Leaving Certificate Examination (including Day School Certificate (Higher) General paper), 1934
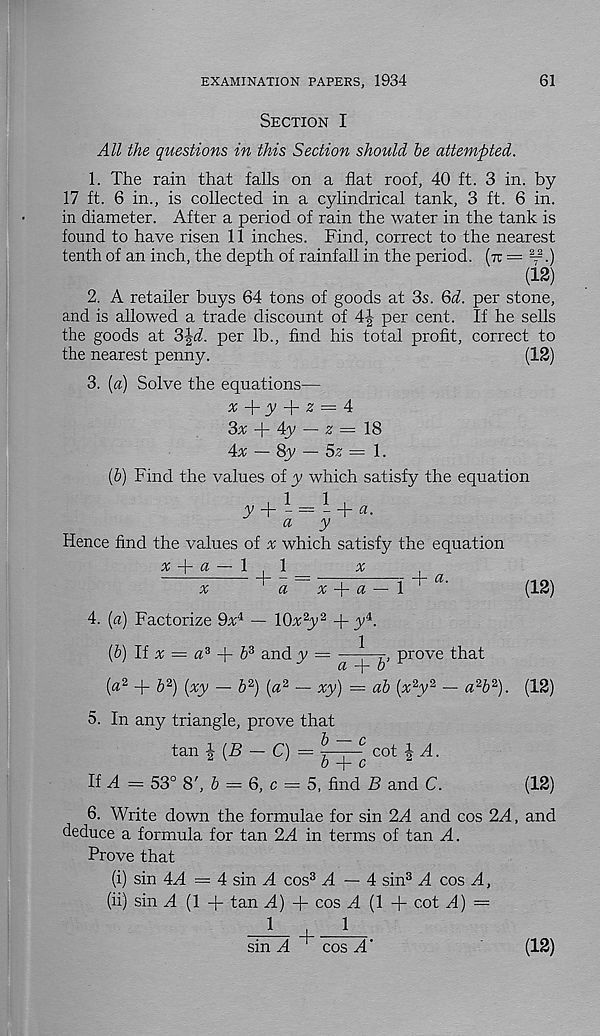
EXAMINATION PAPERS, 1934
61
Section I
All the questions in this Section should he attempted.
1. The rain that falls on a flat roof, 40 ft. 3 in. by
17 ft. 6 in., is collected in a cylindrical tank, 3 ft. 6 in.
in diameter. After a period of rain the water in the tank is
found to have risen 11 inches. Find, correct to the nearest
tenth of an inch, the depth of rainfall in the period, (it = ™.)
(12)
2. A retailer buys 64 tons of goods at 3s. Qd. per stone,
and is allowed a trade discount of 4|- per cent. If he sells
the goods at 3|i. per lb., find his total profit, correct to
the nearest penny.
(12)
3. [a) Solve the equations—
# + y + z = 4
3# -f- 4y — z = 18
4x — 8y — 5z = 1.
(6) Find the values of y which satisfy the equation
y + l~ = 1 - + <*■
a
y
Hence find the values of x which satisfy the equation
% + a — 1 , 1
a;
h - — —i
t d - a.
x
a
x A- a — 1
(12)
4. (a) Factorize 9a4 — lCbc 2 y 2 + y i .
(h) If x = a 3 -j- h 3 and y = —r, prove that
CZ "-p 0
[a 2 -j- h 2 ) (xy — 6 2 ) (a 2 — xy) — ah (x 2 y 2 — a 2 b 2 ). (12)
5. In any triangle, prove that
tan \ (B — C) =
cot | A.
If A = 53° 8', & — 6, c = 5, find B and C.
(12)
6. Write down the formulae for sin 2A and cos 2A, and
deduce a formula for tan 2A in terms of tan A.
Prove that
(i) sin 4A = 4 sin A cos 3 A — 4 sin 3 A cos A,
(ii) sin A (1 + tan A) + cos A (1 + cot A) =
sin A
cos A'
(12)